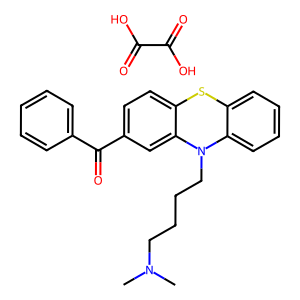
SMILES: CN(C)CCCCN1c2ccccc2Sc2ccc(C(=O)c3ccccc3)cc21.O=C(O)C(=O)O
Inhibits HIV replication: No